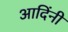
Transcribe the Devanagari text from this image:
आदिंनी